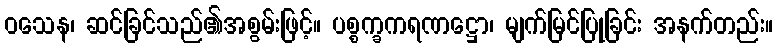
ဝသေန၊ ဆင်ခြင်သည်၏အစွမ်းဖြင့်။ ပစ္စက္ခကရဏဋ္ဌော၊ မျက်မြင်ပြုခြင်း အနက်တည်း။